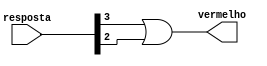
module led_vermelho(resposta, vermelho);
	input [3:0] resposta;
	output vermelho;
	
	or or0(vermelho, resposta[3], resposta[2]);
endmodule